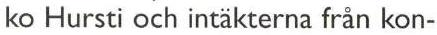
ko Hursti och intäkterna från kon-